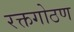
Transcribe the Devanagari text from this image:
रक्तगोठण